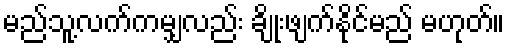
မည်သူ့လက်ကမျှလည်း ချိုးဖျက်နိုင်မည် မဟုတ်။